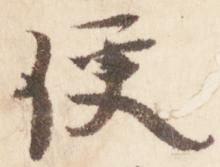
便